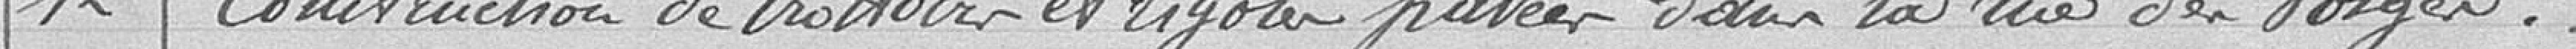
12 - Construction de trottoirs et rigoles pavées dans la rue des Vosges